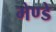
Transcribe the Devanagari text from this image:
मेण्डे